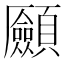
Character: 𩖄